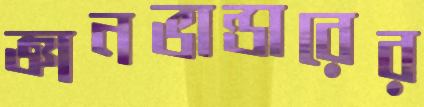
জ্ঞানভান্ডারের